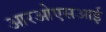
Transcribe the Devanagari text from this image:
आरओएसआई